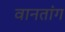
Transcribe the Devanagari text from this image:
वानतांग